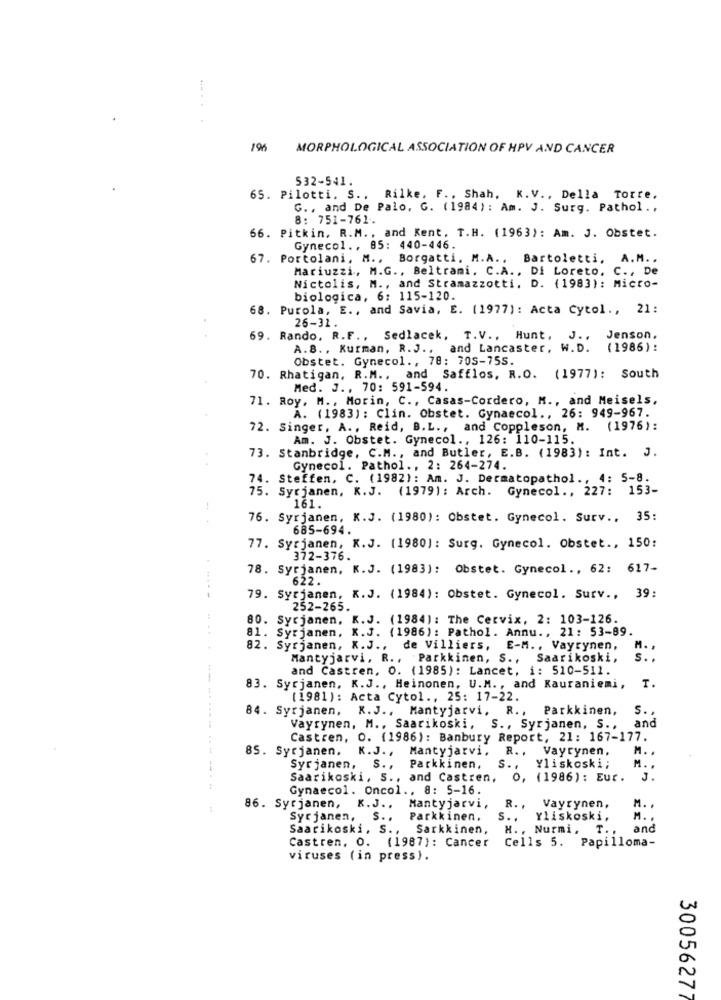
196
MORPHOLOGICAL ASSOCIATION OF HPV AND CANCER
532-541.
65. Pilotti. S ., Rilke, F ., Shah, K. V ., Della Torre,
G ., and De Palo, G. (1984) : Am. J. Surg. Pathol .,
8: 751-761.
66. Pitkin, R.M ., and Kent. T.H. (1963): Am. J. Obstet.
Gynecol ., 85: 440-446.
67. Portolani, M ., Borgatti, M.A ., Bartoletti, A.M ..
Mariuzzi, M.G ., Beltrami. C.A ., Di Loreto. C ., De
Nictolis, M ., and Stramazzotti, D. (1983): Micro-
biologica, 6: 115-120.
68. Purola, E ., and Savia, E. (1977): Acta Cytol ., 21:
26-31.
69. Rando, R.F ., Sedlacek, T. V ., Hunt, J ., Jenson,
A.B ., Kurman, R.J ., and Lancaster, W.D. (1986):
Obstet. Gynecol ., 78: 705-755.
70. Rhatigan, R.M ., and Safflos, R.O. (1977): South
Med. J ., 70: 591-594.
71. Roy, M ., Morin, C ., Casas-Cordero, M ., and Meisels,
A. (1983): Clin. Obstet. Gynaecol ., 26: 949-967.
72. Singer, A ., Reid, B.L ., and Coppleson, M. (1976):
Am. J. Obstet. Gynecol ., 126: 110-115.
73. Stanbridge, C.M ., and Butler, E.B. (1983): Int. J.
Gynecol. Pathol ., 2: 264-274.
74. Steffen, C. (1982): Am. J. Dermatopathol ., 4: 5-8.
75. Syrjanen, K.J. (1979): Arch. Gynecol ., 227: 153-
161.
76. Syrjanen, K.J. (1980): Obstet. Gynecol. Surv .. 35:
685-694.
77. Syrjanen, K.J. (1980): Surg. Gynecol. Obstet ., 150:
372-376.
78. Syrjanen, K.J. (1983): Obstet. Gynecol ., 62: 617-
622.
79. Syrjanen, K.J. (1984): Obstet. Gynecol. Surv ., 39:
252-265.
80. Syrjanen, K.J. (1984): The Cervix, 2: 103-126.
81. Syrjanen, K.J. (1986): Pathol. Annu ., 21: 53-89.
82. Syrjanen, X.J ., de Villiers, E-M ., Vayrynen,
M. .
Mantyjarvi, R ., Parkkinen, S ., Saarikoski,
S. .
and Castren, O. (1985): Lancet, i: 510-511.
83. Syrjanen, K.J ., Heinonen, U.M ., and Kauraniemi, T.
(1981): Acta Cytol ., 25: 17-22.
84. Syrjanen, K.J ., Mantyjarvi, R ., Parkkinen,
S ..
Vayrynen, M ., Saarikoski, S ., Syrjanen, S .,
and
Castren, O. (1986): Banbury Report, 21: 167-177.
85. Syrjanen. K.J ., Mantyjatvi,
R. .
Vayrynen,
M. .
Syrjanen, S .,
Parkkinen,
S ..
Yliskoski;
M. .
Saarikoski, S ., and Castren, O, (1986): Eur. J.
Gynaecol. Oncol ., 8: 5-16.
M.
86. Syrjanen, K.J ., Mantyjarvi,
R. ,
Vayrynen,
Syrjanen, S ..
Parkkinen.
s ..
Yliskoski,
M. .
Saarikoski. S .,
Sarkkinen,
H. , Nurmi, T .,
and
Castren, O. (1987): Cancer
Cells 5. Papilloma-
viruses (in press).
30056277